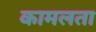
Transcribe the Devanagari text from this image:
कामलता